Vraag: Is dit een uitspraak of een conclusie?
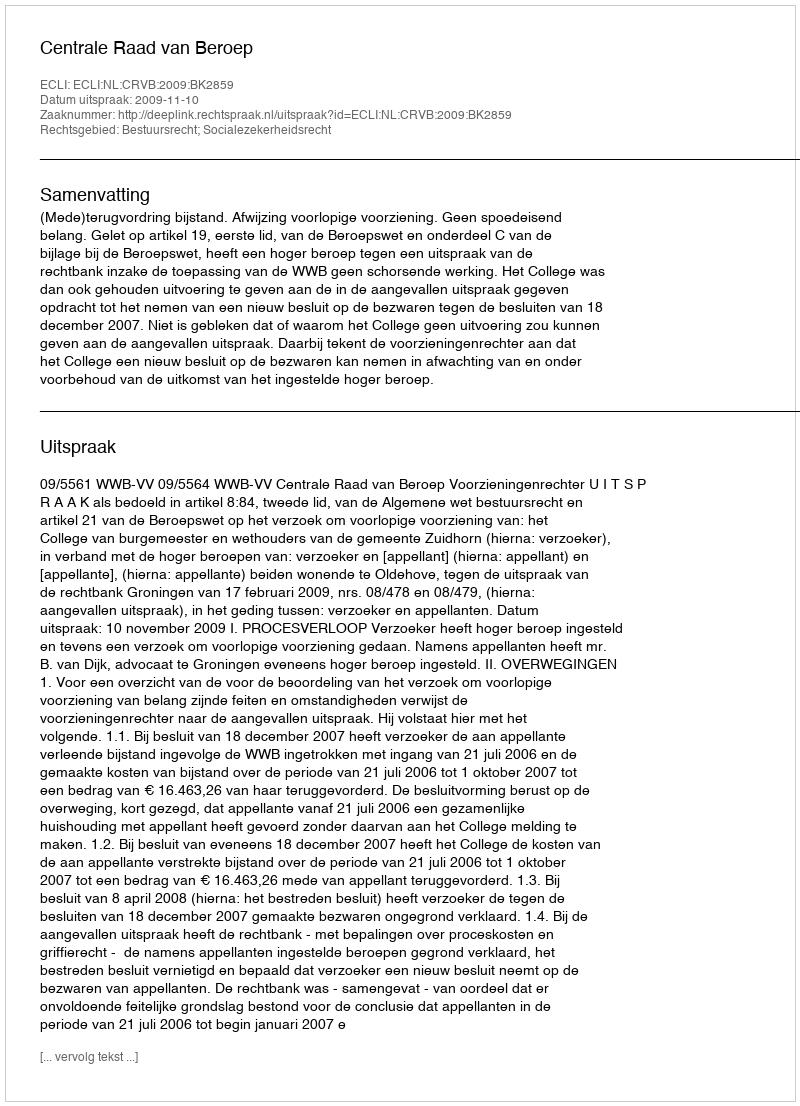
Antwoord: Uitspraak